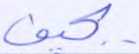
يحيف